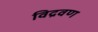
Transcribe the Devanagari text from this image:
विद्रवण